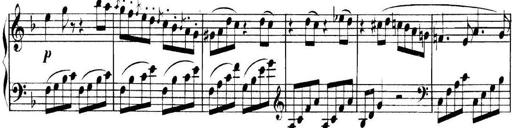
Title: Collected Piano Sonatas
Composer: Muzio Clementi